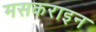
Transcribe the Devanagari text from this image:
मसकराइन